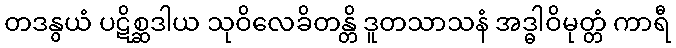
တဒနွယံ ပဋိစ္ဆဒါယ သုဝိလေခိတန္တိ ဒူတသာသနံ အဒ္ဓါဝိမုတ္တံ ကာရီ